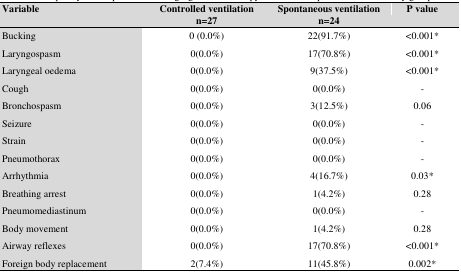
| Variable | Controlled ventilationn=27 | Spontaneous ventilationn=24 | P value |
 | --- | --- | --- | --- |
 | Bucking | 0 (0.0%) | 22(91.7%) | <0.001* |
 | Laryngospasm | 0(0.0%) | 17(70.8%) | <0.001* |
 | Laryngeal oedema | 0(0.0%) | 9(37.5%) | <0.001* |
 | Cough | 0(0.0%) | 0(0.0%) | - |
 | Bronchospasm | 0(0.0%) | 3(12.5%) | 0.06 |
 | Seizure | 0(0.0%) | 0(0.0%) | - |
 | Strain | 0(0.0%) | 0(0.0%) | - |
 | Pneumothorax | 0(0.0%) | 0(0.0%) | - |
 | Arrhythmia | 0(0.0%) | 4(16.7%) | 0.03 * |
 | Breathing arrest | 0(0.0%) | 1(4.2%) | 0.28 |
 | Pneumomediastinum | 0(0.0%) | 0(0.0%) | - |
 | Body movement | 0(0.0%) | 1(4.2%) | 0.28 |
 | Airway reflexes | 0(0.0%) | 17(70.8%) | <0.001 * |
 | Foreign body replacement | 2(7.4%) | 11(45.8%) | 0.002 * |